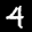
Label: 4